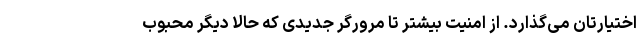
اختیارتان می‌گذارد. از امنیت بیشتر تا مرورگر جدیدی که حالا دیگر محبوب